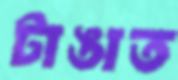
টাঙাত